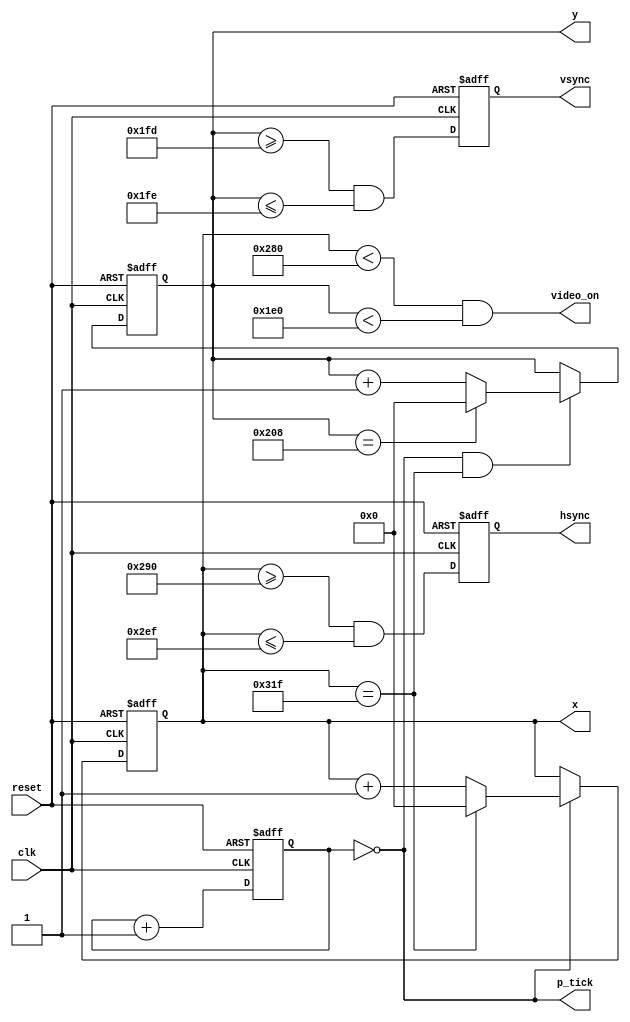
`timescale 1ns / 1ps

module vga
	(
		input wire clk, reset,
		output wire hsync, vsync, video_on, p_tick,
		output wire [9:0] x, y
	);
	
	localparam H_DISPLAY       = 640; // horizontal display area
	localparam H_L_BORDER      =  48; // horizontal left border
	localparam H_R_BORDER      =  16; // horizontal right border
	localparam H_RETRACE       =  96; // horizontal retrace
	localparam H_MAX           = H_DISPLAY + H_L_BORDER + H_R_BORDER + H_RETRACE - 1;
	localparam START_H_RETRACE = H_DISPLAY + H_R_BORDER;
	localparam END_H_RETRACE   = H_DISPLAY + H_R_BORDER + H_RETRACE - 1;
	
	localparam V_DISPLAY       = 480; // vertical display area
	localparam V_T_BORDER      =  10; // vertical top border
	localparam V_B_BORDER      =  29; // vertical bottom border
	localparam V_RETRACE       =   2; // vertical retrace
	localparam V_MAX           = V_DISPLAY + V_T_BORDER + V_B_BORDER + V_RETRACE - 1;
    localparam START_V_RETRACE = V_DISPLAY + V_B_BORDER;
	localparam END_V_RETRACE   = V_DISPLAY + V_B_BORDER + V_RETRACE - 1;
	
	// mod-4 counter to generate 25 MHz pixel tick
	reg [1:0] pixel_reg;
	wire [1:0] pixel_next;
	wire pixel_tick;
	
	always @(posedge clk, posedge reset)
		if(reset)
		  pixel_reg <= 0;
		else
		  pixel_reg <= pixel_next;
	
	assign pixel_next = pixel_reg + 1; // increment pixel_reg 
	
	assign pixel_tick = (pixel_reg == 0); // assert tick 1/4 of the time
	
	// registers to keep track of current pixel location
	reg [9:0] h_count_reg, h_count_next, v_count_reg, v_count_next;
	
	// register to keep track of vsync and hsync signal states
	reg vsync_reg, hsync_reg;
	wire vsync_next, hsync_next;
 
	always @(posedge clk, posedge reset)
		if(reset)
		    begin
                    v_count_reg <= 0;
                    h_count_reg <= 0;
                    vsync_reg   <= 0;
                    hsync_reg   <= 0;
		    end
		else
		    begin
                    v_count_reg <= v_count_next;
                    h_count_reg <= h_count_next;
                    vsync_reg   <= vsync_next;
                    hsync_reg   <= hsync_next;
		    end
			
	always @(*)
		begin
		h_count_next = pixel_tick ? 
		               h_count_reg == H_MAX ? 0 : h_count_reg + 1
			       : h_count_reg;
		
		v_count_next = pixel_tick && h_count_reg == H_MAX ? 
		               (v_count_reg == V_MAX ? 0 : v_count_reg + 1) 
			       : v_count_reg;
		end
		
        assign hsync_next = h_count_reg >= START_H_RETRACE
                            && h_count_reg <= END_H_RETRACE;
   
        assign vsync_next = v_count_reg >= START_V_RETRACE 
                            && v_count_reg <= END_V_RETRACE;

        // video only on when pixels are in both horizontal and vertical display region
        assign video_on = (h_count_reg < H_DISPLAY) 
                          && (v_count_reg < V_DISPLAY);

        assign hsync  = hsync_reg;
        assign vsync  = vsync_reg;
        assign x      = h_count_reg;
        assign y      = v_count_reg;
        assign p_tick = pixel_tick;
        
endmodule